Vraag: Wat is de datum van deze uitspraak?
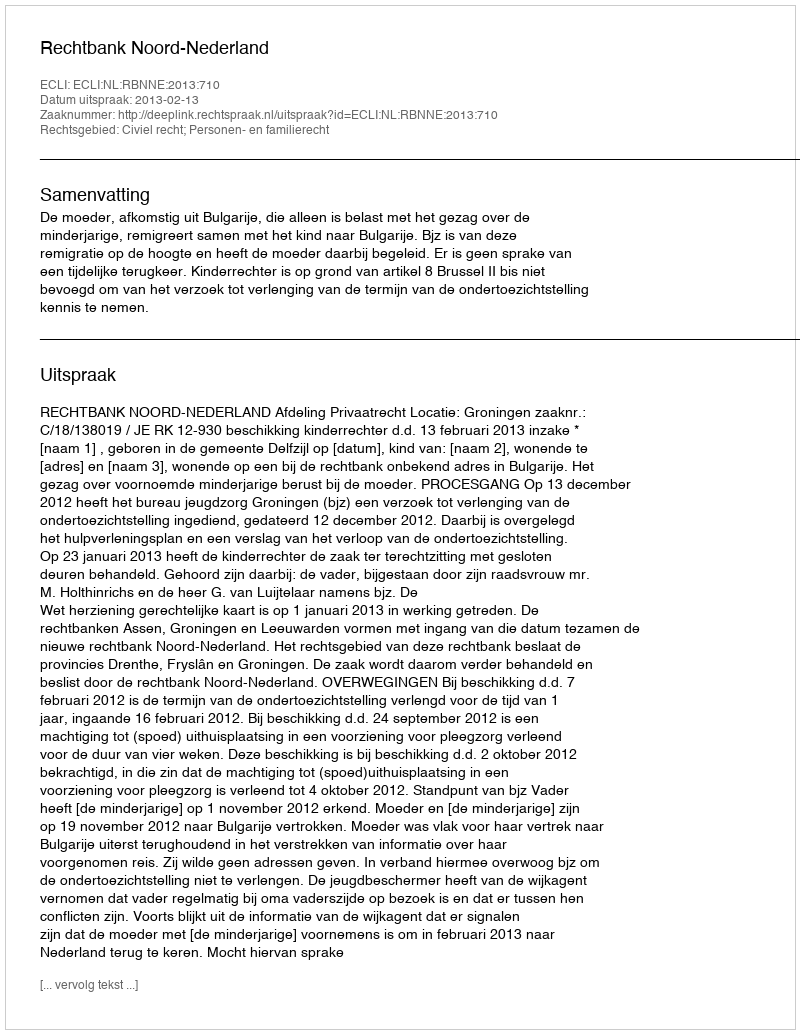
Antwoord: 2013-02-13